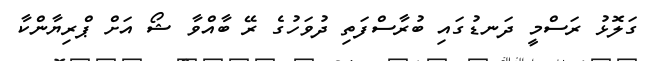
ގަލޮޅު ރަސްމީ ދަނޑުގައި ބުރާސްފަތި ދުވަހުގެ ރޭ ބާއްވާ ޝޯ އަށް ޕްރިޔާންކާ